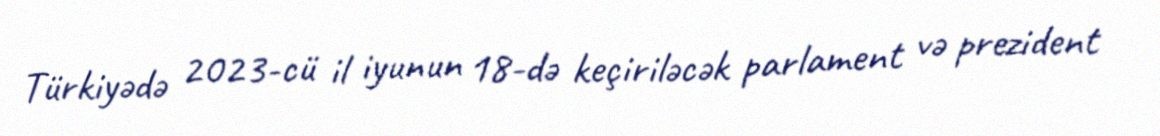
Türkiyədə 2023-cü il iyunun 18-də keçiriləcək parlament və prezident